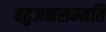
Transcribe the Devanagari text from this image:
बहुजनसम्मति